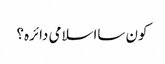
کون سااسلامی دائرہ؟